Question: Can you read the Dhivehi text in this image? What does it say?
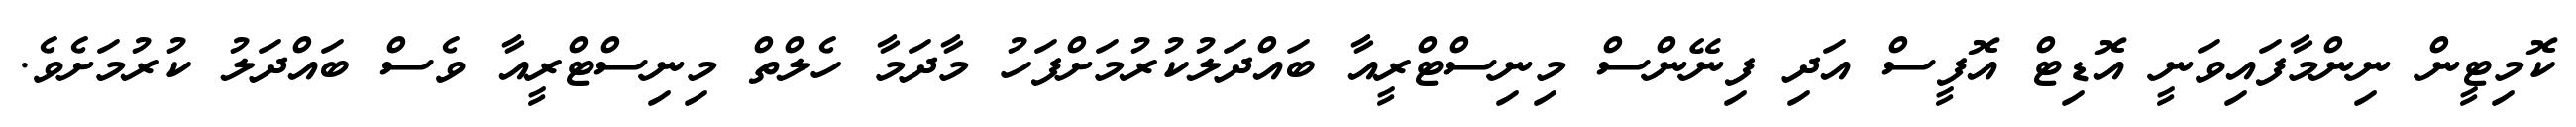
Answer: ކޮމިޓީން ނިންމާފައިވަނީ އޮޑިޓް އޮފީސް އަދި ފިނޭންސް މިނިސްޓްރީއާ ބައްދަލުކުރުމަށްފަހު މާދަމާ ހެލްތް މިނިސްޓްރީއާ ވެސް ބައްދަލު ކުރުމަށެވެ.